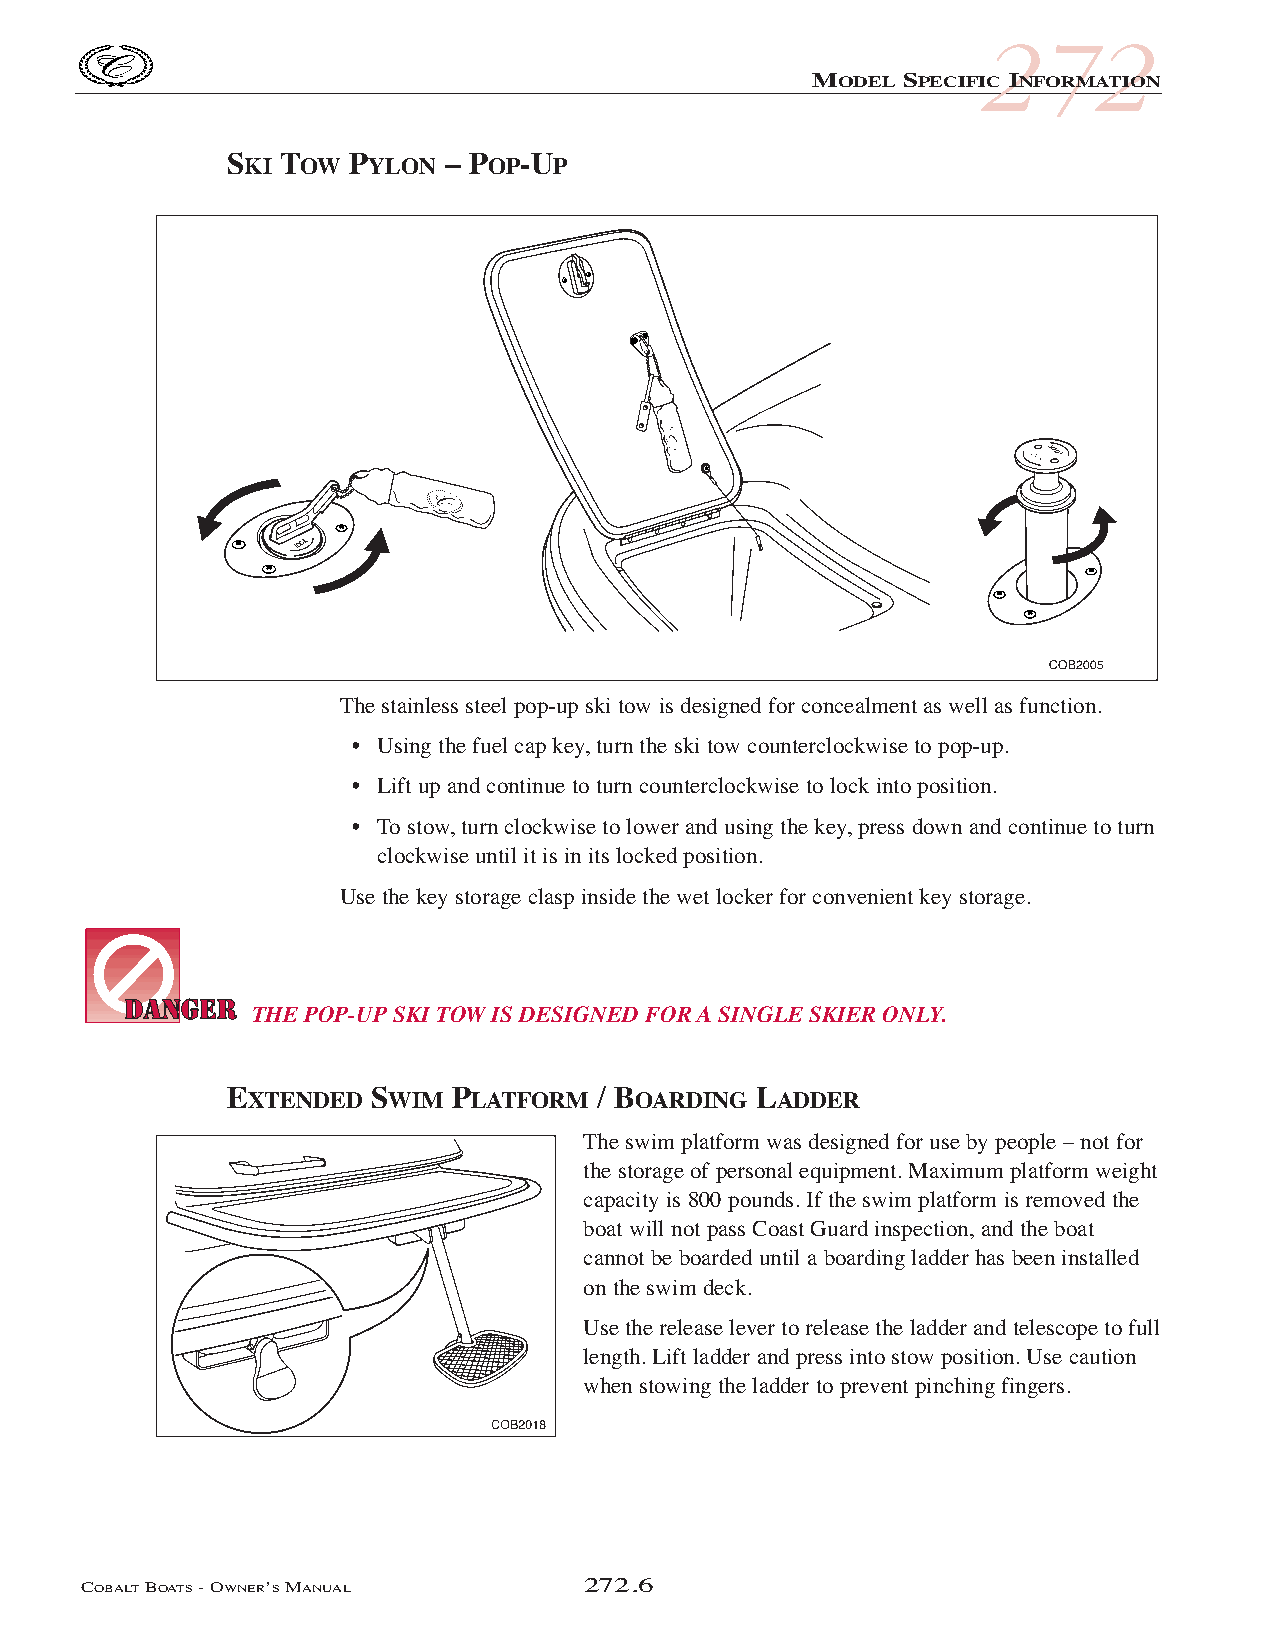
COB_05 Sect 272.qxd 3/18/05 9:29 AM Page 272.6
 272
 MODEL SPECIFIC INFORMATION
 SKI TOW  PYLON – POP-UP
 KCOL
 LOCK
 The stainless steel pop-up ski tow is designed for concealment as well as function.
 • Using the fuel cap key, turn the ski tow counterclockwise to pop-up.
 • Lift up and continue to turn counterclockwise to lock into position.
 • To stow, turn clockwise to lower and using the key, press down and continue to turn
 clockwise until it is in its locked position.
 Use the key storage clasp inside the wet locker for convenient key storage.
 THEPOP-UPSKI TOW IS DESIGNED FOR A SINGLE SKIER ONLY.
 EXTENDED  SWIM PLATFORM  / BOARDING LADDER
 The swim platform was designed for use by people – not for
 the storage of personal equipment. Maximum platform weight
 capacity is 800 pounds. If the swim platform is removed the
 boat will not pass Coast Guard inspection, and the boat
 cannot be boarded until a boarding ladder has been installed
 on the swim deck.
 Use the release lever to release the ladder and telescope to full
 length. Lift ladder and press into stow position. Use caution
 when stowing the ladder to prevent pinching fingers.
 COBALTBOATS- OWNER’SMANUAL       272.6